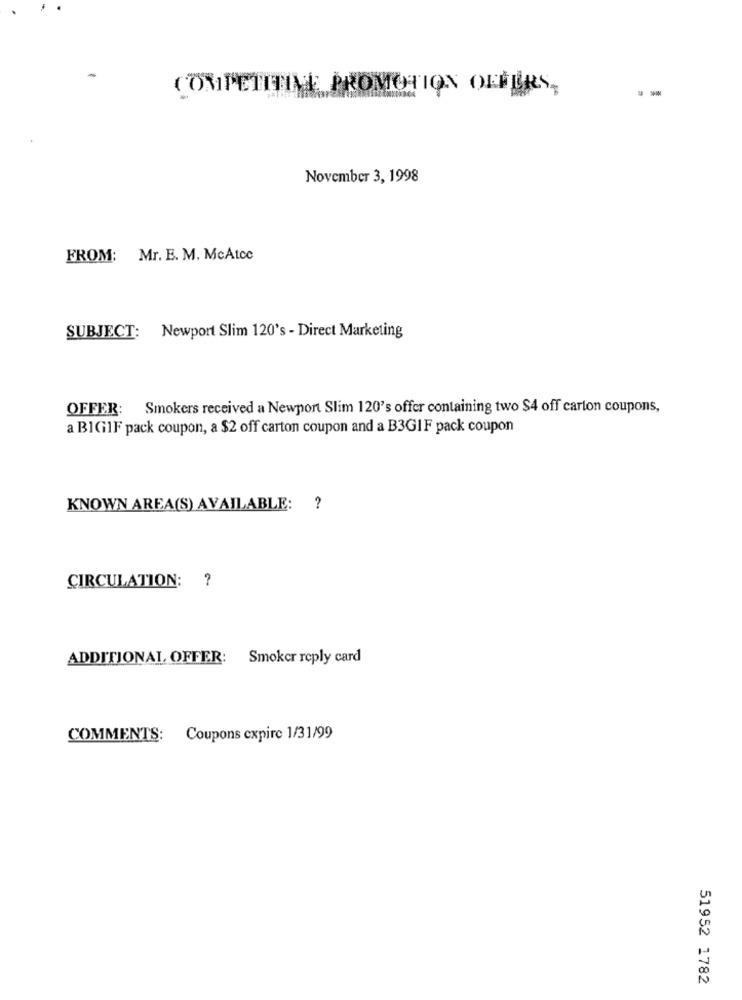
COMPETITIVE PROMOTION OFFERS,
November 3, 1998
FROM: Mr. E. M. McAtcc
SUBJECT: Newport Slim 120's - Direct Marketing
OFFER: Smokers received a Newport Slim 120's offer containing two $4 off carton coupons,
a BIGilF pack coupon, a $2 off carton coupon and a B3GIF pack coupon
KNOWN AREA(S) AVAILABLE: ?
?
CIRCULATION:
ADDITIONAL, OFFER: Smoker reply card
COMMENTS: Coupons expire 1/31/99
51952 1782